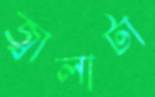
জ্বালাটা